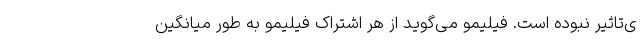
ی‌تاثیر نبوده است. فیلیمو می‌گوید از هر اشتراک فیلیمو به طور میانگین